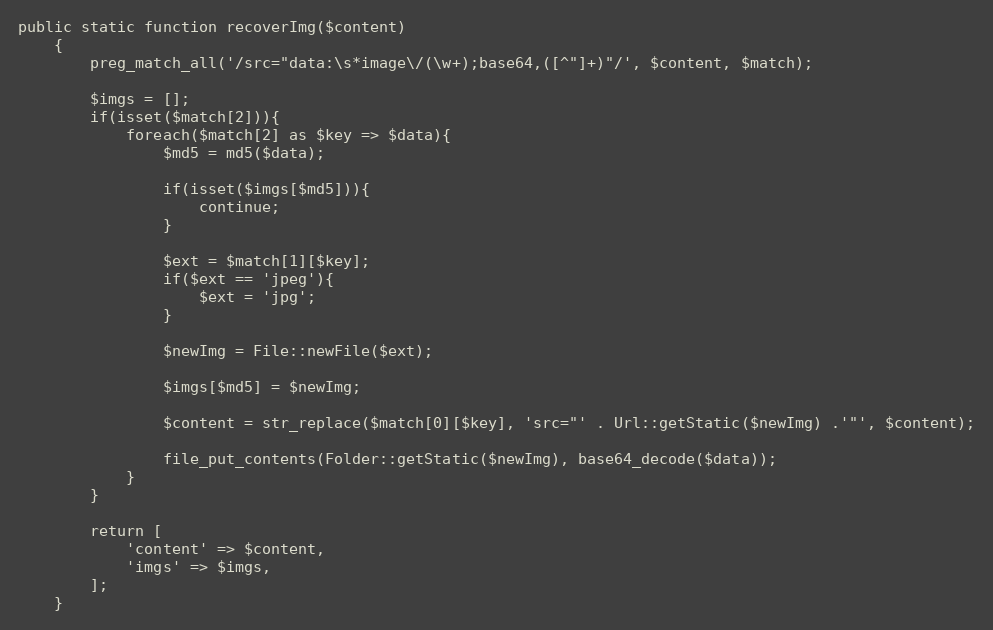
Language: PHP
public static function recoverImg($content)
    {
        preg_match_all('/src="data:\s*image\/(\w+);base64,([^"]+)"/', $content, $match);

        $imgs = [];
        if(isset($match[2])){
            foreach($match[2] as $key => $data){
                $md5 = md5($data);

                if(isset($imgs[$md5])){
                    continue;
                }

                $ext = $match[1][$key];
                if($ext == 'jpeg'){
                    $ext = 'jpg';
                }

                $newImg = File::newFile($ext);

                $imgs[$md5] = $newImg;

                $content = str_replace($match[0][$key], 'src="' . Url::getStatic($newImg) .'"', $content);

                file_put_contents(Folder::getStatic($newImg), base64_decode($data));
            }
        }

        return [
            'content' => $content,
            'imgs' => $imgs,
        ];
    }